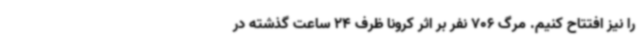
را نیز افتتاح کنیم. مرگ 706 نفر بر اثر کرونا ظرف 24 ساعت گذشته در